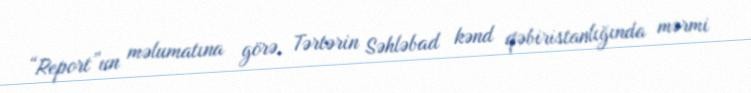
“Report”un məlumatına görə, Tərtərin Səhləbad kənd qəbiristanlığında mərmi